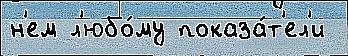
н'ем л'юбо́му показа́т'ел'и